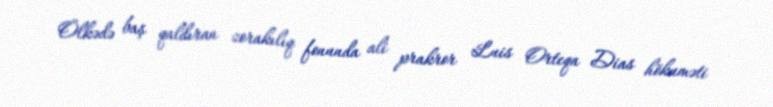
Ölkədə baş qaldıran zorakılıq fonunda ali prakror Luis Orteqa Dias hökuməti